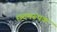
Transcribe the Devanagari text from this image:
छदमरूपक